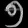
Digit: ၅